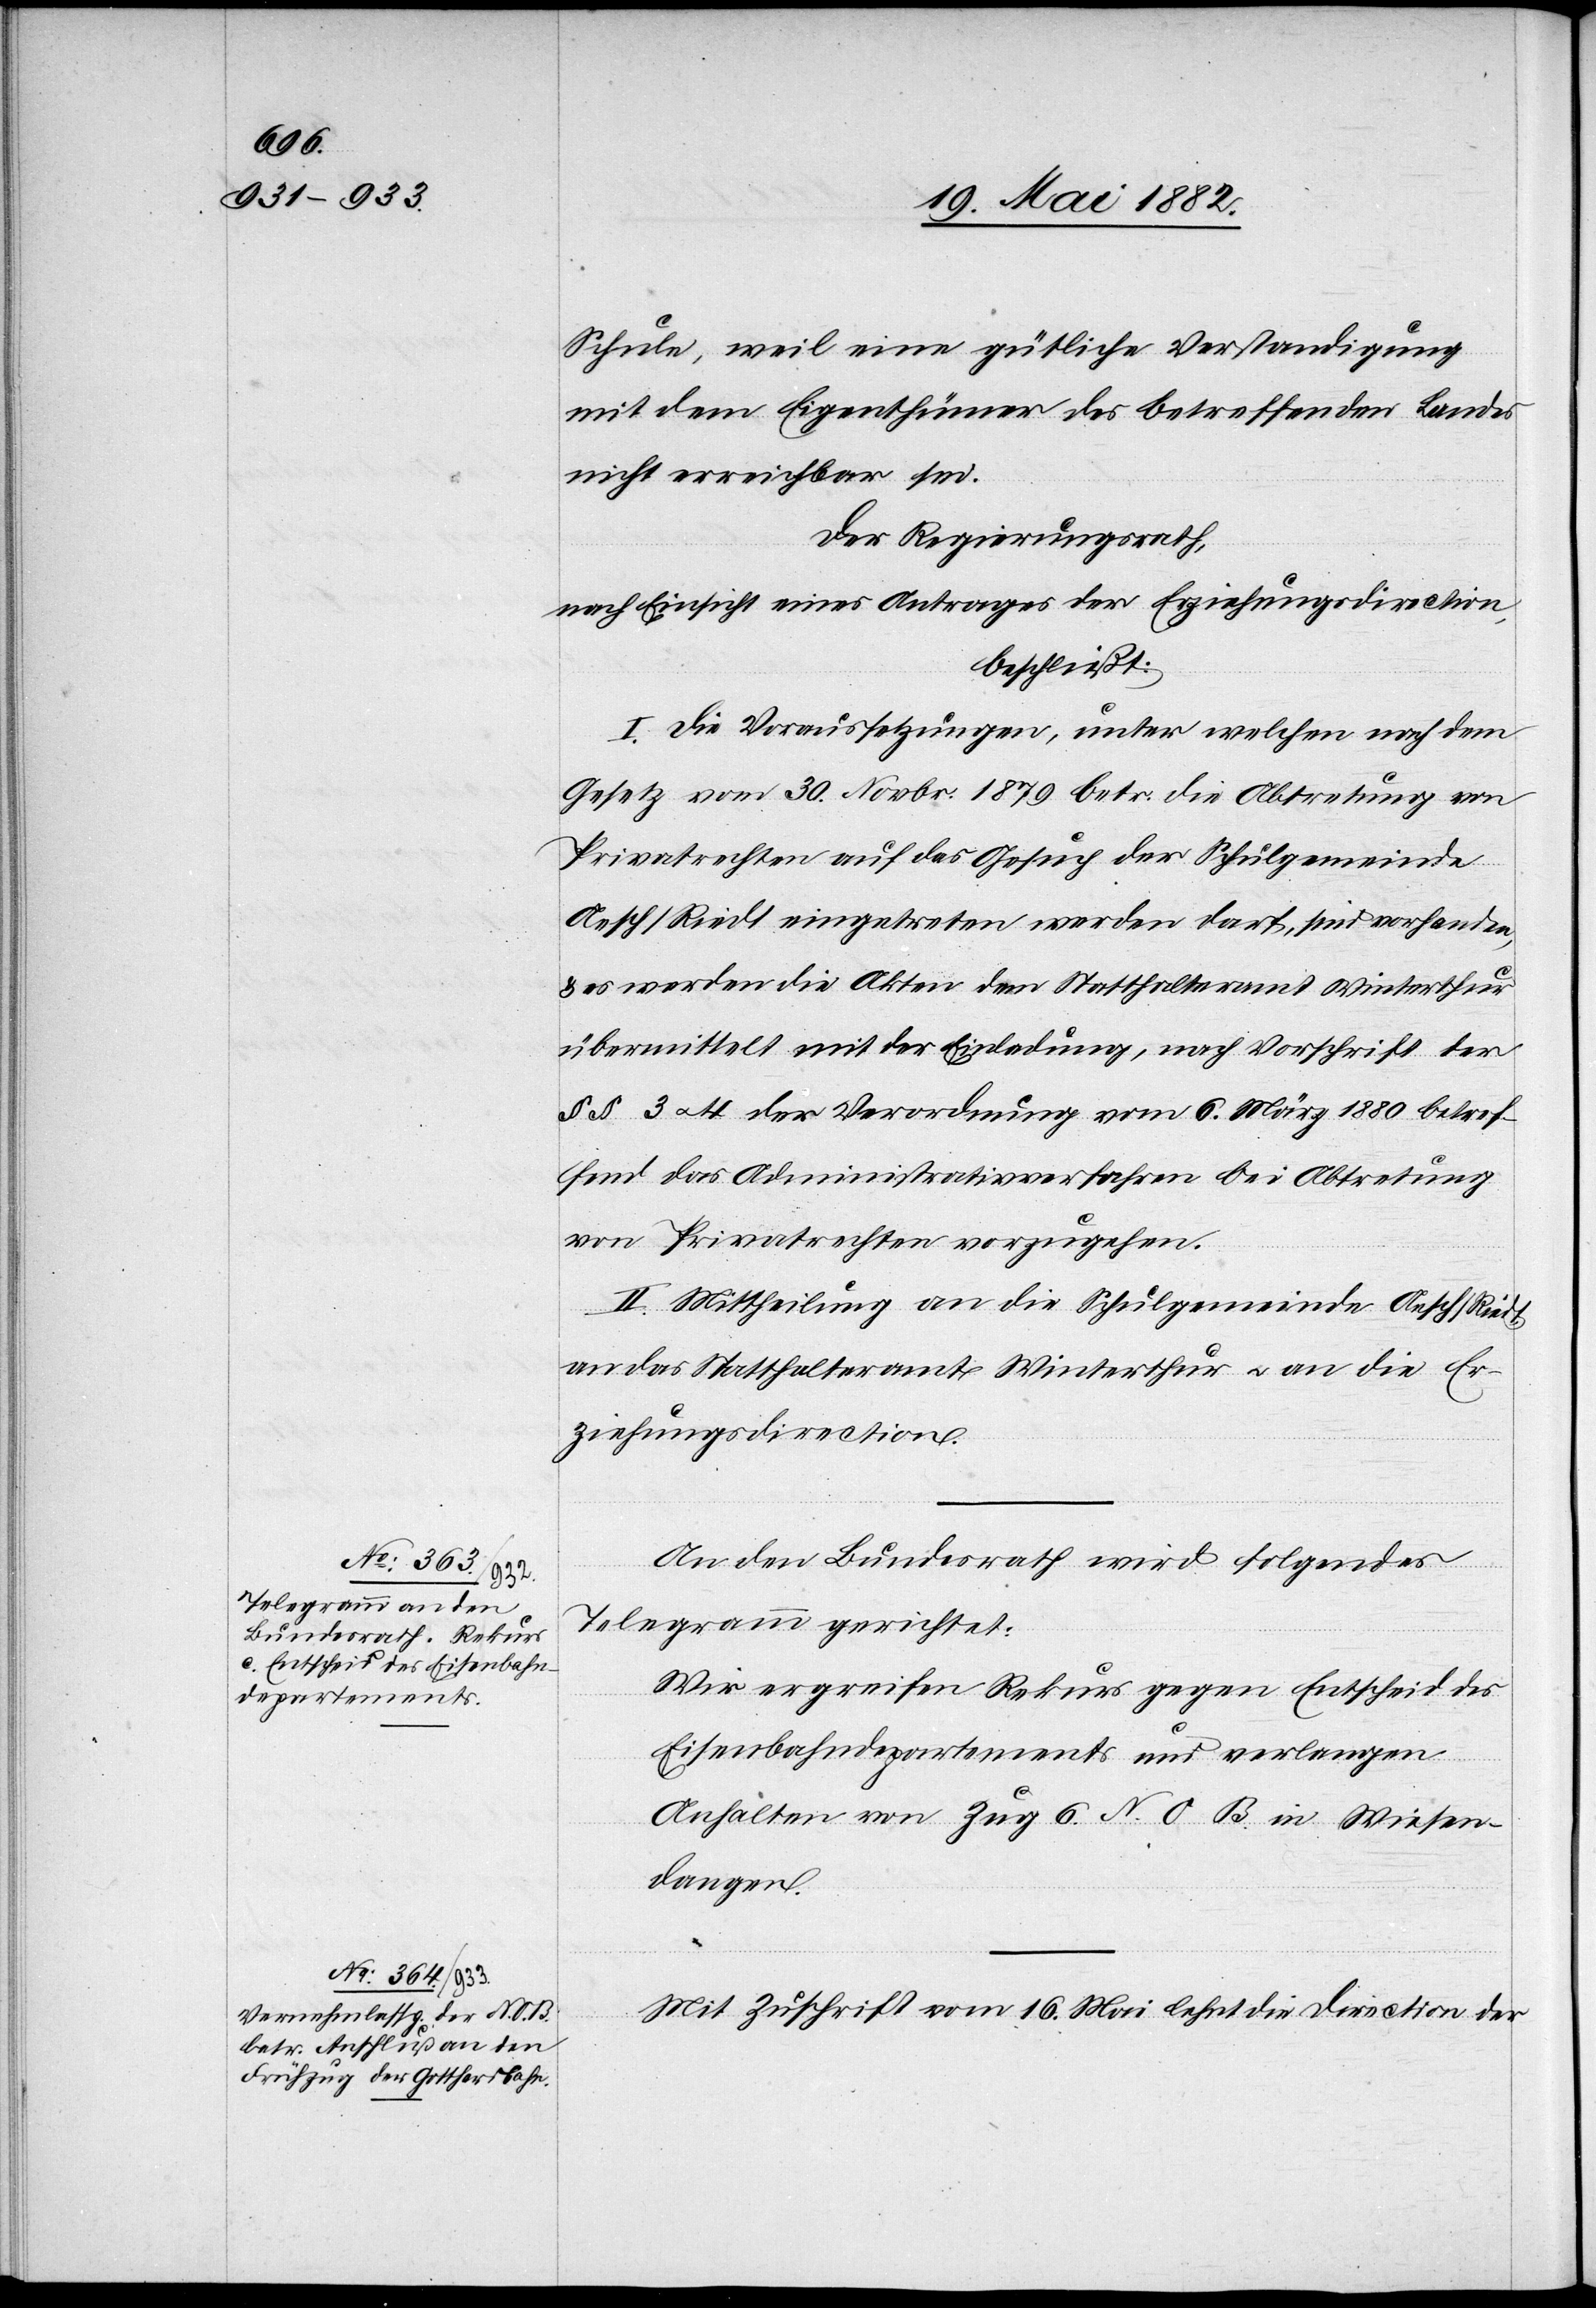
Schule, weil eine gütliche Verständigung
mit dem Eigenthümer des betreffenden Landes
nicht erreichbar sei.
Der Regierungsrath,
nach Einsicht eines Antrages der Erziehungsdirection,
beschließt:
I. Die Voraussetzungen, unter welchen nach dem
Gesetz vom 30. Novbr. 1879 betr. die Abtretung von
Privatrechten auf das Gesuch der Schulgemeinde
Aesch/Riedt eingetreten werden darf, sind vorhanden,
& es werden die Akten dem Statthalteramt Winterthur
übermittelt mit der Einladung, nach Vorschrift der
§§ 3 u. 4 der Verordnung vom 6. März 1880 betref¬
fend das Administrativverfahren bei Abtretung
von Privatrechten vorzugehen.
II. Mittheilung an die Schulgemeinde Aesch/Riedt,
an das Statthalteramt Winterthur u. an die Er¬
ziehungsdirection.
An den Bundesrath wird folgendes
Telegramm gerichtet:
Wir ergreifen Rekurs gegen Entscheid des
Eisenbahndepartements und verlangen
Anhalten von Zug 6 N. O. B. in Wiesen¬
dangen.
Mit Zuschrift vom 16. Mai lehnt die Direction der